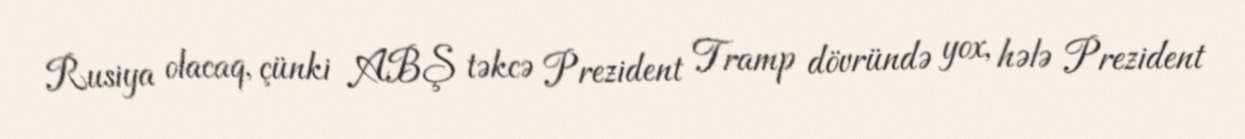
Rusiya olacaq, çünki ABŞ təkcə Prezident Tramp dövründə yox, hələ Prezident